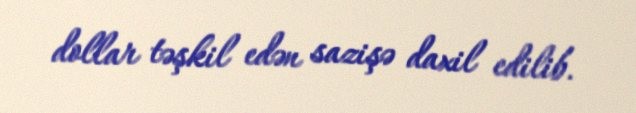
dollar təşkil edən sazişə daxil edilib.